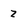
Character: 3